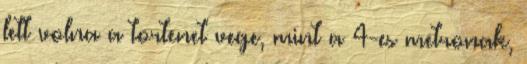
lett volna a tortenet vege, mint a 4-es metronak,